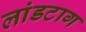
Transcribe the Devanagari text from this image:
लांडटाग